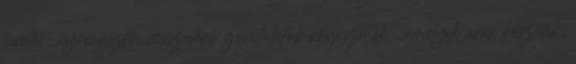
tünetei: nyomasztó, visszatérő gondolatok rögeszmék , amelyek arra késztetik,